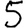
Digit: 5